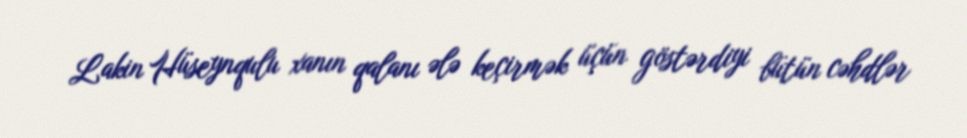
Lakin Hüseynqulu xanın qalanı ələ keçirmək üçün göstərdiyi bütün cəhdlər